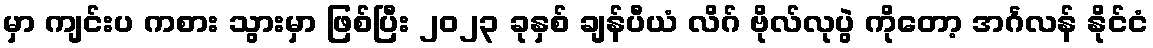
မှာ ကျင်းပ ကစား သွားမှာ ဖြစ်ပြီး ၂၀၂၃ ခုနှစ် ချန်ပီယံ လိဂ် ဗိုလ်လုပွဲ ကိုတော့ အင်္ဂလန် နိုင်ငံ